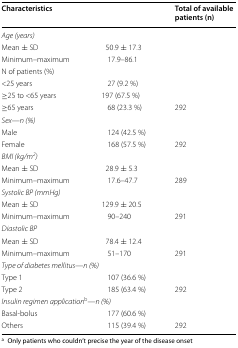
| Characteristics |  | Total of available patients (n) |
 | --- | --- | --- |
 | <COLSPAN=3> Age (years) |
 | Mean ± SD | 50.9 ± 17.3 |  |
 | Minimum–maximum | 17.9–86.1 |  |
 | <COLSPAN=3> N of patients (%) |
 | <25 years | 27 (9.2 %) |  |
 | ≥25 to <65 years | 197 (67.5 %) |  |
 | ≥65 years | 68 (23.3 %) | 292 |
 | <COLSPAN=3> Sex—n (%) |
 | Male | 124 (42.5 %) |  |
 | Female | 168 (57.5 %) | 292 |
 | <COLSPAN=3> BMI (kg/m2) |
 | Mean ± SD | 28.9 ± 5.3 |  |
 | Minimum–maximum | 17.6–47.7 | 289 |
 | <COLSPAN=3> Systolic BP (mmHg) |
 | Mean ± SD | 129.9 ± 20.5 |  |
 | Minimum–maximum | 90–240 | 291 |
 | <COLSPAN=3> Diastolic BP |
 | Mean ± SD | 78.4 ± 12.4 |  |
 | Minimum–maximum | 51–170 | 291 |
 | <COLSPAN=3> Type of diabetes mellitus—n (%) |
 | Type 1 | 107 (36.6 %) |  |
 | Type 2 | 185 (63.4 %) | 292 |
 | <COLSPAN=3> Insulin regimen applicationa—n (%) |
 | Basal-bolus | 177 (60.6 %) |  |
 | Others | 115 (39.4 %) | 292 |